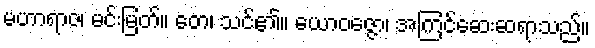
မဟာရာဇ၊ မင်းမြတ်။ တေ၊ သင်၏။ ယောဝဇ္ဇော၊ အကြင်ဆေးဆရာသည်။